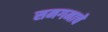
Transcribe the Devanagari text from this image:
समगमाचे